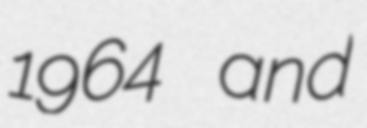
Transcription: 1964 and